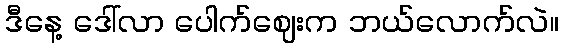
ဒီနေ့ ဒေါ်လာ ပေါက်ဈေးက ဘယ်လောက်လဲ။